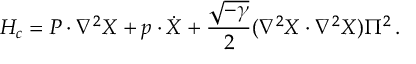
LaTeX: { \cal H } _ { c } = P \cdot \nabla ^ { 2 } X + p \cdot \dot { X } + { \frac { \sqrt { - \gamma } } { 2 } } ( \nabla ^ { 2 } X \cdot \nabla ^ { 2 } X ) \Pi ^ { 2 } \, .